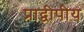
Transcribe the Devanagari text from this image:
प्राद्वीपीय